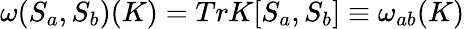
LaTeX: {\omega}(S_{a},S_{b})(K)=TrK[S_{a},S_{b}]\equiv\omega_{ab}(K)